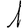
Digit: 1